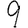
Digit: 9